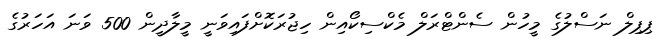
ޕިޕިލް ނަސްލުގެ މީހުން ސެންޓްރަލް މެކްސިކޯއިން ހިޖުރަކޮށްފައިވަނީ މީލާދީން 500 ވަނަ އަހަރުގެ